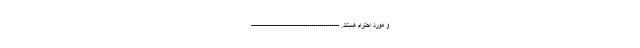
و مورد احترام هستند. --------------------------------------------